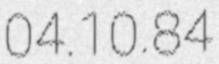
04.10.84